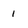
Character: 1